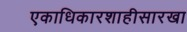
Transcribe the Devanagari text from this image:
एकाधिकारशाहीसारखा